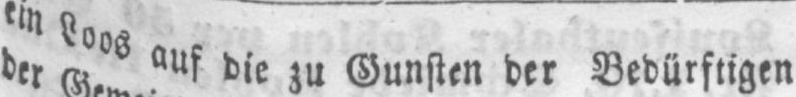
ein Loos auf die zu Gunsten der Bedürftigen